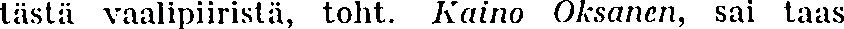
tästä vaalipiiristä, toht. Kaino Oksanen, sai taas